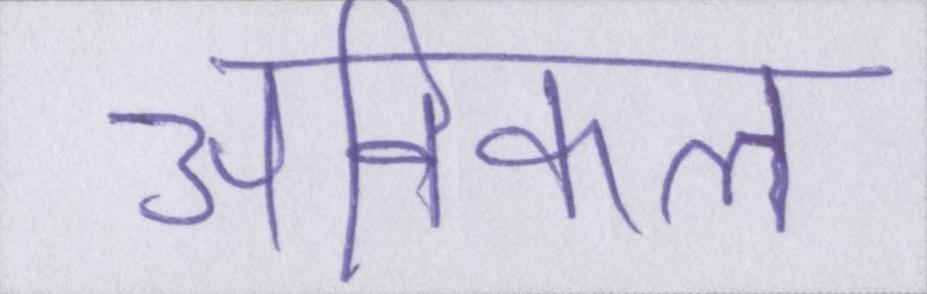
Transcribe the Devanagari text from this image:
अविकल